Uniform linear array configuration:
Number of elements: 64
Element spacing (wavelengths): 0.25
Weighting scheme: uniform
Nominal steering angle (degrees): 60
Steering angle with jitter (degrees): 58.042
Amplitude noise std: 0.05
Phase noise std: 0.05

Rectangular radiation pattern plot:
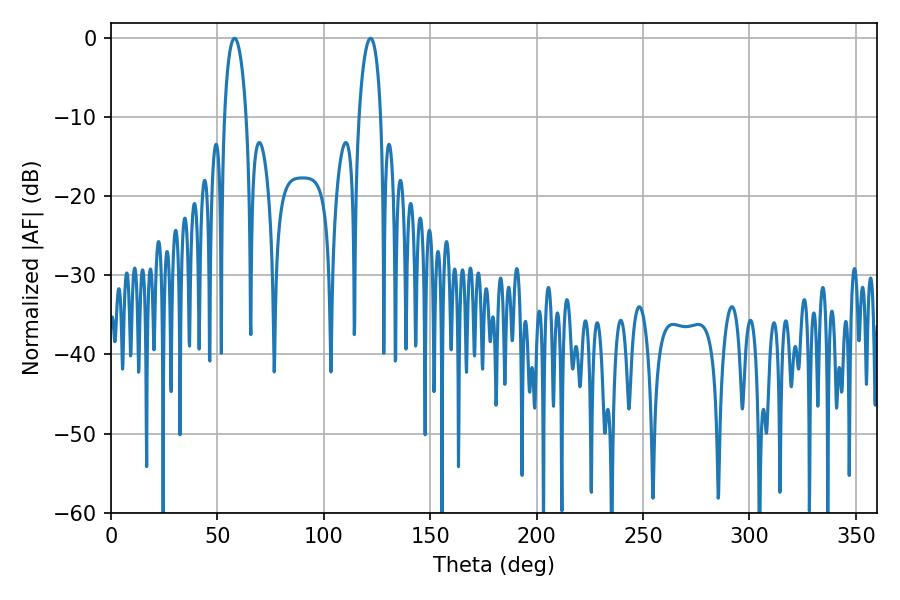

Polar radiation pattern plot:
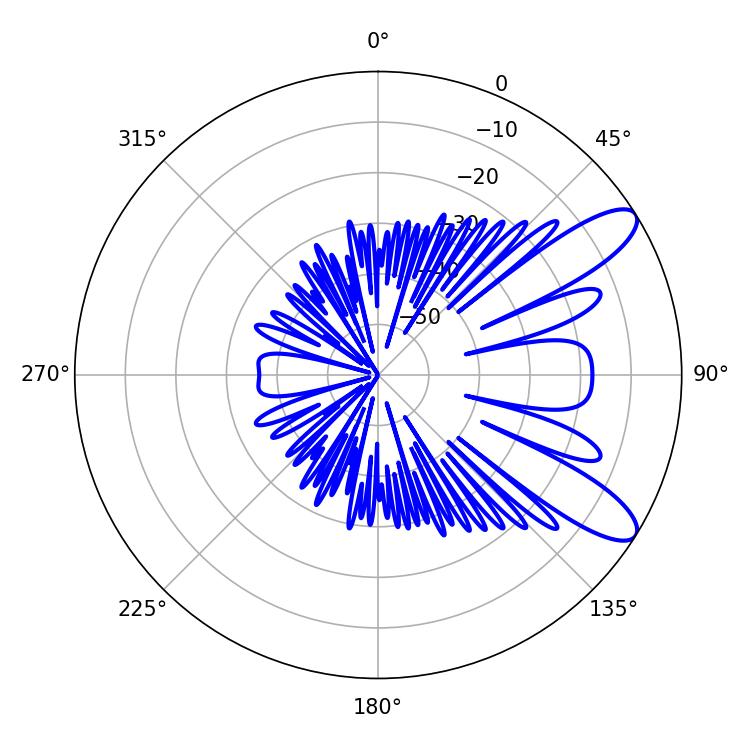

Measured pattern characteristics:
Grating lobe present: FALSE
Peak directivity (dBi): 9.975
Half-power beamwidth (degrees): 5.76
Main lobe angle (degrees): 57.96